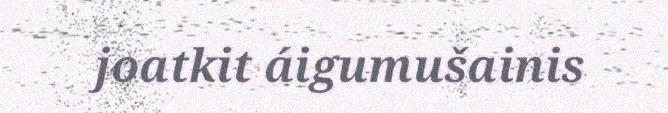
joatkit áigumušainis